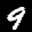
Label: 9